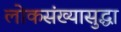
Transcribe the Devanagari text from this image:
लोकसंख्यासुद्धा